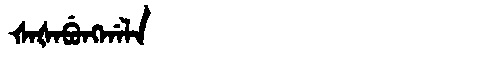
Manchu: ᡧᠠᡧᠠᠪᡠᠩᡤᠠᠯᠠ
Romanization: ŠAŠABUNGGALA